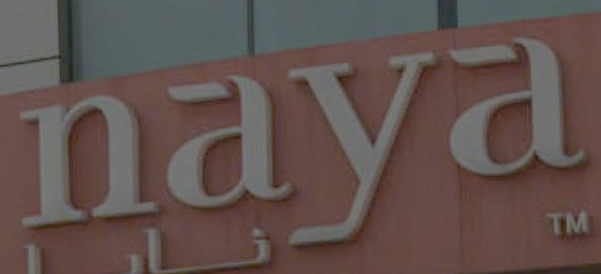
naya